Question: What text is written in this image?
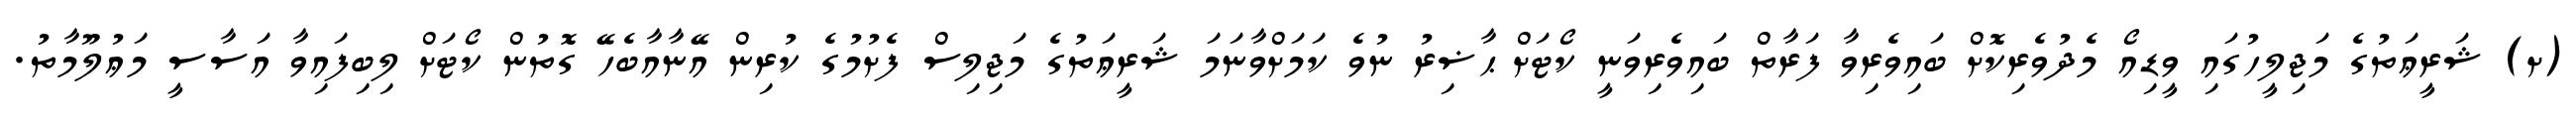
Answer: (ށ) ޝަރީޢަތުގެ މަޖިލީހުގައި ވީޑިއޯ މެދުވެރިކޮށް ބައިވެރިވާ ފަރާތް ބައިވެރިވަނީ ކޯޓަށް ޙާޟިރު ނުވެ ކަމަށްވާނަމަ ޝަރީޢަތުގެ މަޖިލިސް ފެށުމުގެ ކުރިން އޭނާއާބެހޭ ގޮތުން ކޯޓަށް ލިބިފައިވާ އަސާސީ މަޢުލޫމާތު.